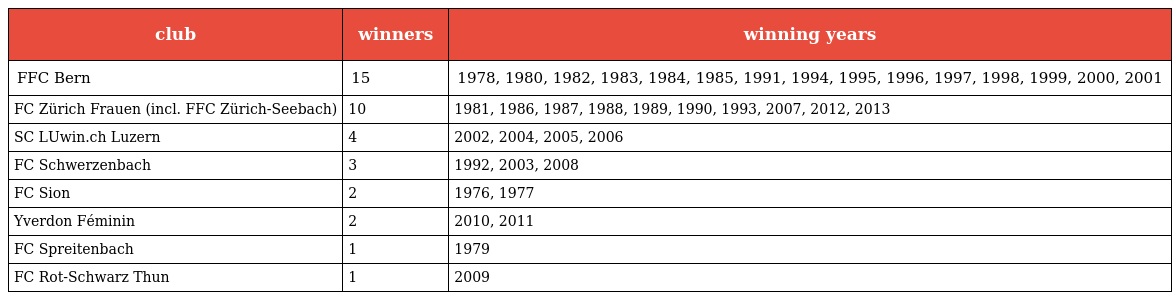
| club | winners | winning years |
 | --- | --- | --- |
 | FFC Bern | 15 | 1978, 1980, 1982, 1983, 1984, 1985, 1991, 1994, 1995, 1996, 1997, 1998, 1999, 2000, 2001 |
 | FC Zürich Frauen (incl. FFC Zürich-Seebach) | 10 | 1981, 1986, 1987, 1988, 1989, 1990, 1993, 2007, 2012, 2013 |
 | SC LUwin.ch Luzern | 4 | 2002, 2004, 2005, 2006 |
 | FC Schwerzenbach | 3 | 1992, 2003, 2008 |
 | FC Sion | 2 | 1976, 1977 |
 | Yverdon Féminin | 2 | 2010, 2011 |
 | FC Spreitenbach | 1 | 1979 |
 | FC Rot-Schwarz Thun | 1 | 2009 |